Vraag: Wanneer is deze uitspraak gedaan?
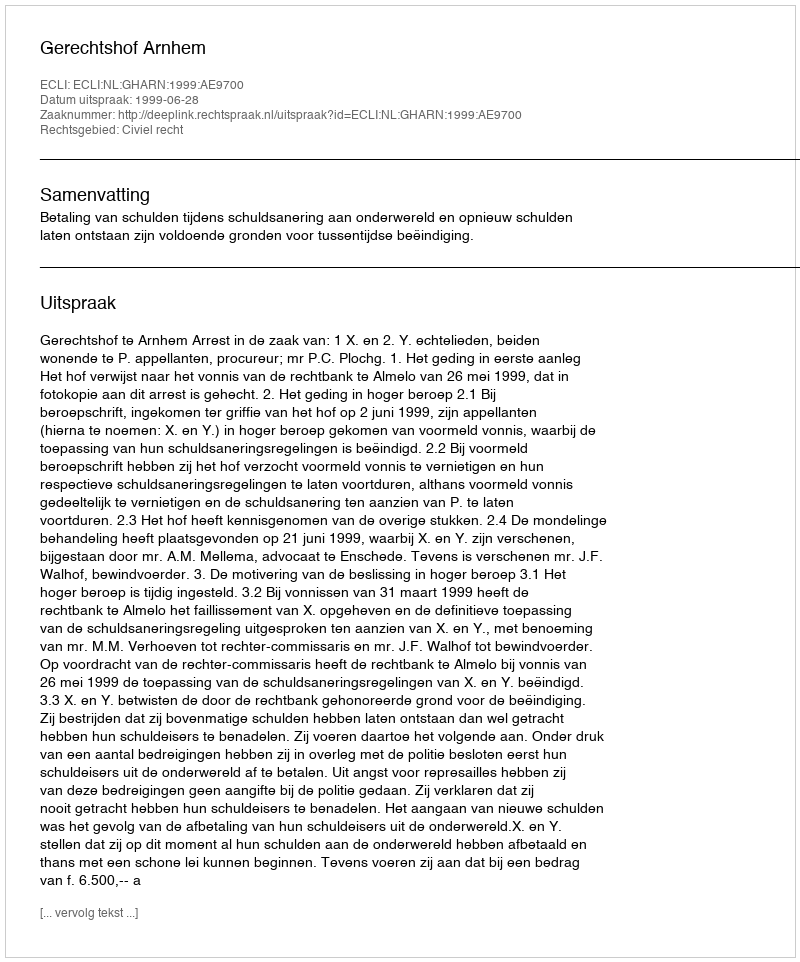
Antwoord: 1999-06-28